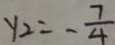
y _ { 2 } = - \frac { 7 } { 4 }